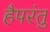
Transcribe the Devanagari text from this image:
हैपरंतु